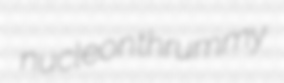
nucleon thrummy